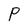
Character: P